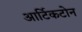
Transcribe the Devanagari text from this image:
आर्टिकटोन